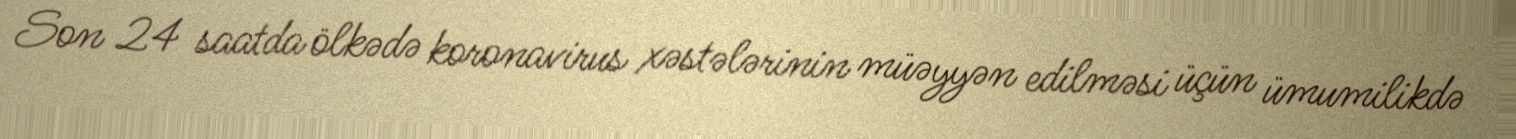
Son 24 saatda ölkədə koronavirus xəstələrinin müəyyən edilməsi üçün ümumilikdə